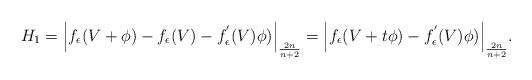
LaTeX: \begin{align*} H_1 = \Big|f_\epsilon(V+\phi )-f_\epsilon(V) -f^{'}_\epsilon(V) \phi )\Big|_{\frac{2n}{n+2}} = \Big|f_\epsilon(V+t\phi )-f^{'}_\epsilon(V) \phi )\Big|_{\frac{2n}{n+2}}.\end{align*}